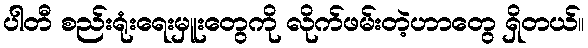
ပါတီ စည်းရုံးရေးမှူးတွေကို လိုက်ဖမ်းတဲ့ဟာတွေ ရှိတယ်။